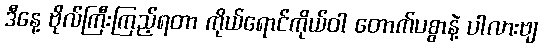
ဒီနေ့ ဗိုလ်ကြီးကြည့်ရတာ ကိုယ်ရောင်ကိုယ်ဝါ တောက်ပစွာနဲ့ ပါလားဗျ